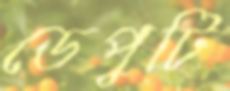
ডেপুটি